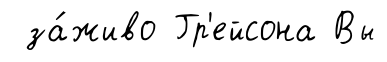
за́живо Гр'ейсона Вы